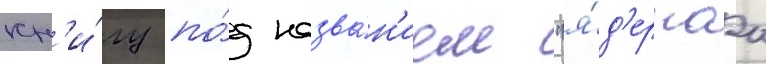
кн'и́гу по́д назва́н'ием "я́д'ернаа